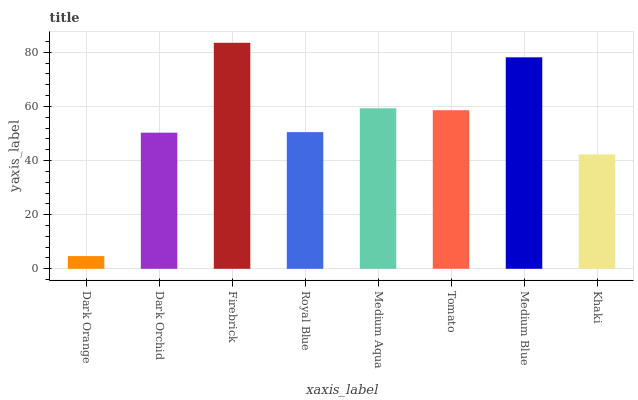
| xaxis_label | bars |
 | --- | --- |
 | Dark Orange | 4.7 |
 | Dark Orchid | 50.3 |
 | Firebrick | 83.5 |
 | Royal Blue | 50.5 |
 | Medium Aqua | 59.3 |
 | Tomato | 58.6 |
 | Medium Blue | 78.1 |
 | Khaki | 42.3 |